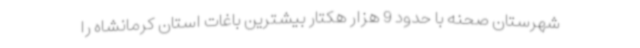
شهرستان صحنه با حدود 9 هزار هکتار بیشترین باغات استان کرمانشاه را